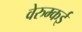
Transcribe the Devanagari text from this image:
वेरुम्कई